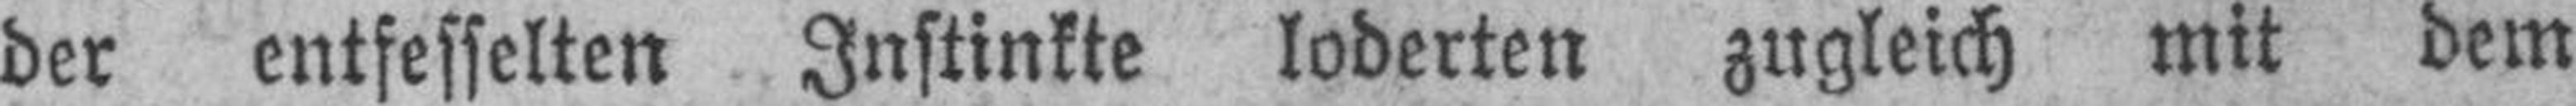
der entfesselten Instinkte loderten zugleich mit dem